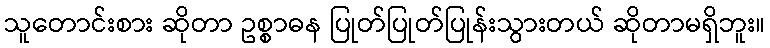
သူတောင်းစား ဆိုတာ ဥစ္စာဓန ပြုတ်ပြုတ်ပြုန်းသွားတယ် ဆိုတာမရှိဘူး။